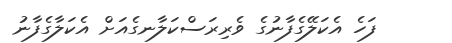
ފަހެ އެކަލޭގެފާނުގެ ވެރިރަސްކަލާނގެއަށް އެކަލާގެފާނު